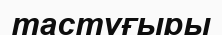
тастұғыры